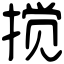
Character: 搅